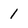
Character: 1